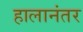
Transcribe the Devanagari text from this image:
हालानंतर